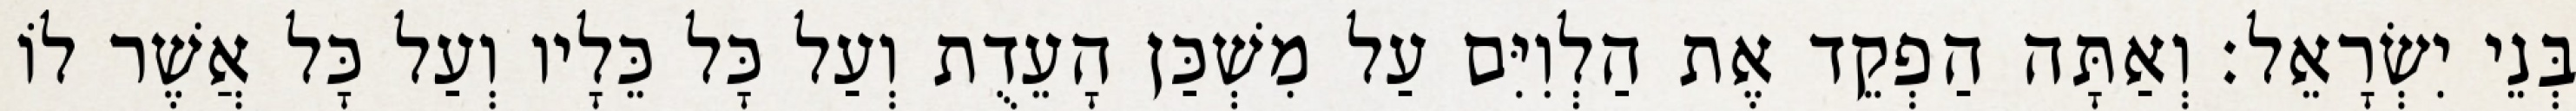
בְּנֵי יִשְׂרָאֵל׃ וְאַתָּה הַפְקֵד אֶת הַלְוִיִּם עַל מִשְׁכַּן הָעֵדֻת וְעַל כָּל כֵּלָיו וְעַל כָּל אֲשֶׁר לוֹ